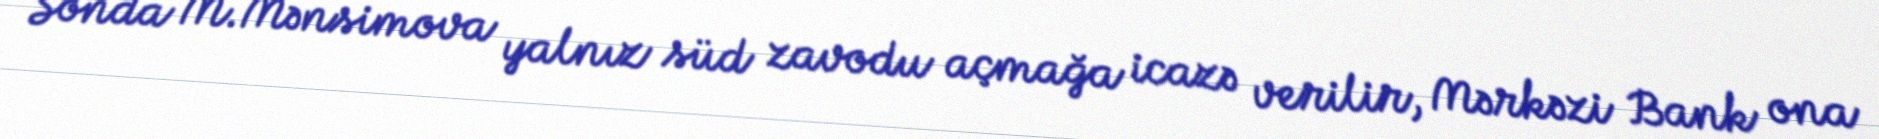
Sonda M.Mənsimova yalnız süd zavodu açmağa icazə verilir, Mərkəzi Bank ona